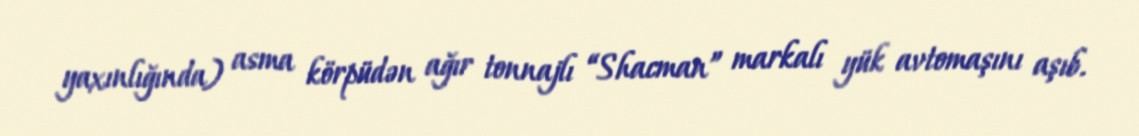
yaxınlığında) asma körpüdən ağır tonnajlı “Shacman” markalı yük avtomaşını aşıb.